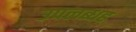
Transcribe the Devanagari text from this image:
उपलब्धह